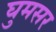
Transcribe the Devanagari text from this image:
घुमसर